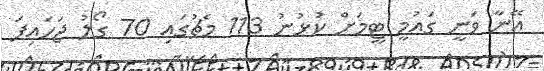
އޭނާ ވަނީ ގައުމީ ޓީމަށް ކުޅުނު 113 މެޗުގައި 70 ގޯލު ޖަހައިފަ